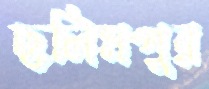
ছলিমপুর